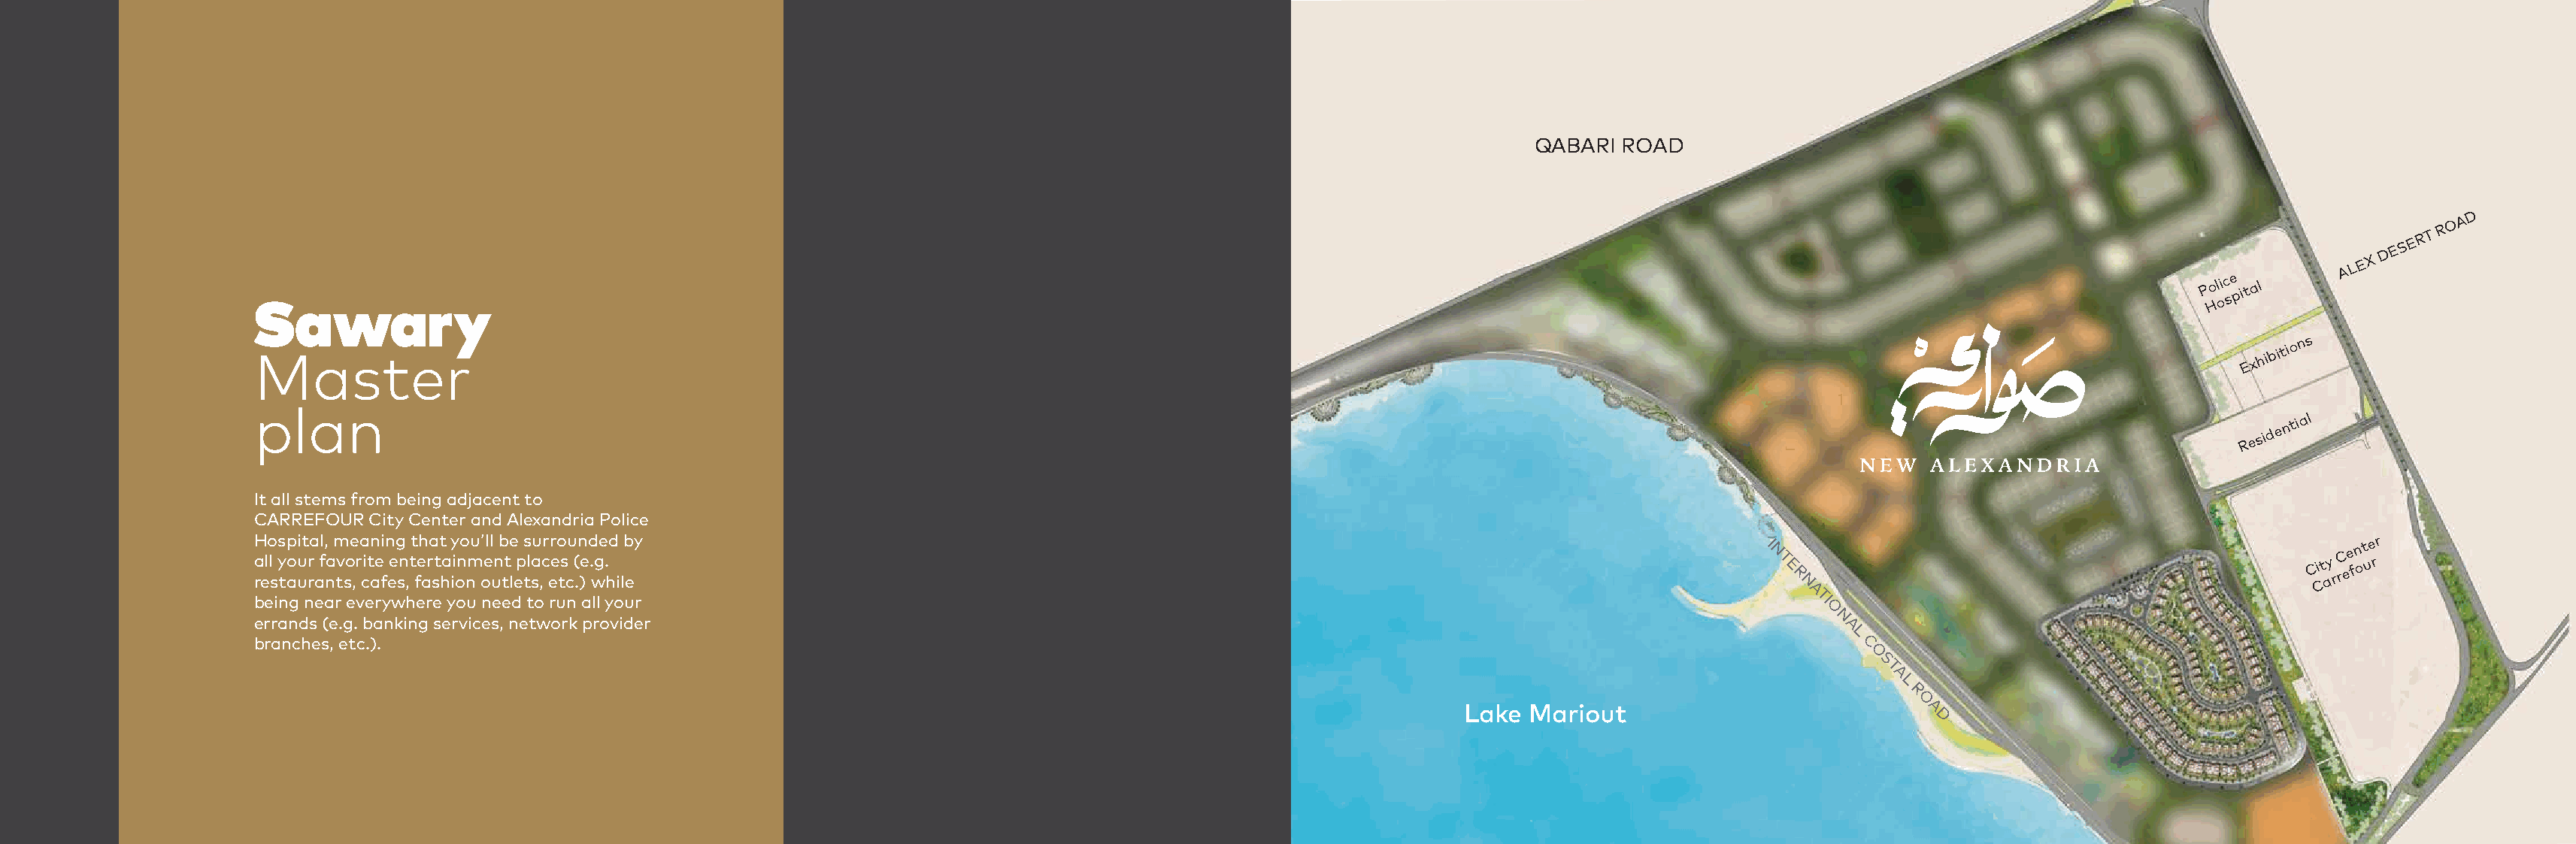
QABARI  ROAD
 O A D
 A L E X
 D E S E R T
 R
 Sawary
 P Hol oic se pit al
 Master
 E x
 hibitio n s
 plan
 R e
 sid e n
 tial
 It all stems from being adjacent to
 CARREFOUR  City Center and Alexandria Police
 H a relo l
 st
 ysp o aui ut r ra afl, na m tv soe ,r a cit an e fin eeg sn
 ,
 t t feh ara stt ha iy i ono nmu o’ ell un b tt le ep ts l sau ,cr er eo ts cu ( .n )e d . wge . hd
 i
 lb ey                                                                                               I N T E
 R N
 C Cit ay
 r
 C
 r
 ee fn ot ue rr
 A
 being near everywhere you need to run all your                                                                                            TI
 O
 errands (e.g. banking services, network provider                                                                                           N
 A
 L
 branches, etc.).                                                                                                                              C
 O
 S
 T
 A
 L
 R
 O
 Lake  Mariout                           A
 D